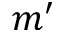
m ^ { \prime }